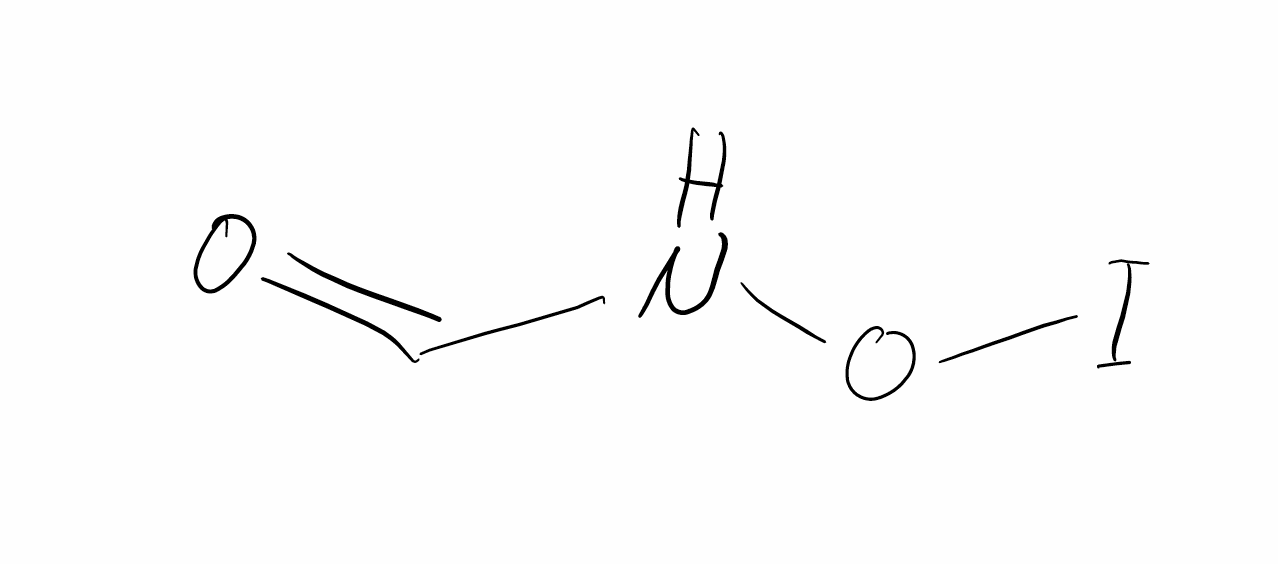
Simplified molecular-input line-entry system (SMILES) notation of the given molecule:
C(=O)NOI